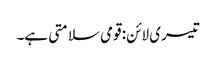
تیسری لائن: قومی سلامتی ہے۔